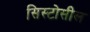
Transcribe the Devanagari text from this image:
सिस्टोसील